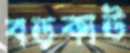
বড়কাউ